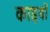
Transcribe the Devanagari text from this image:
काइयों